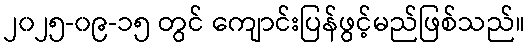
၂၀၂၅-၀၉-၁၅ တွင် ကျောင်းပြန်ဖွင့်မည်ဖြစ်သည်။